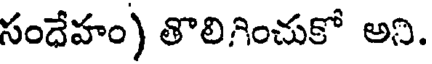
సందేహం) తొలిగించుకో అని.